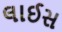
લાઈસ